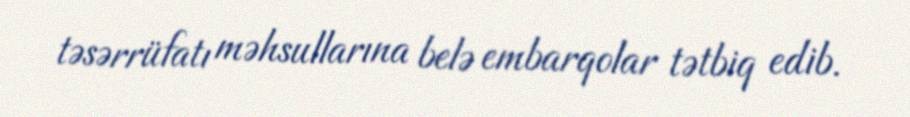
təsərrüfatı məhsullarına belə embarqolar tətbiq edib.